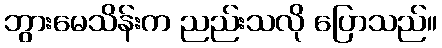
ဘွားမေသိန်းက ညည်းသလို ပြောသည်။